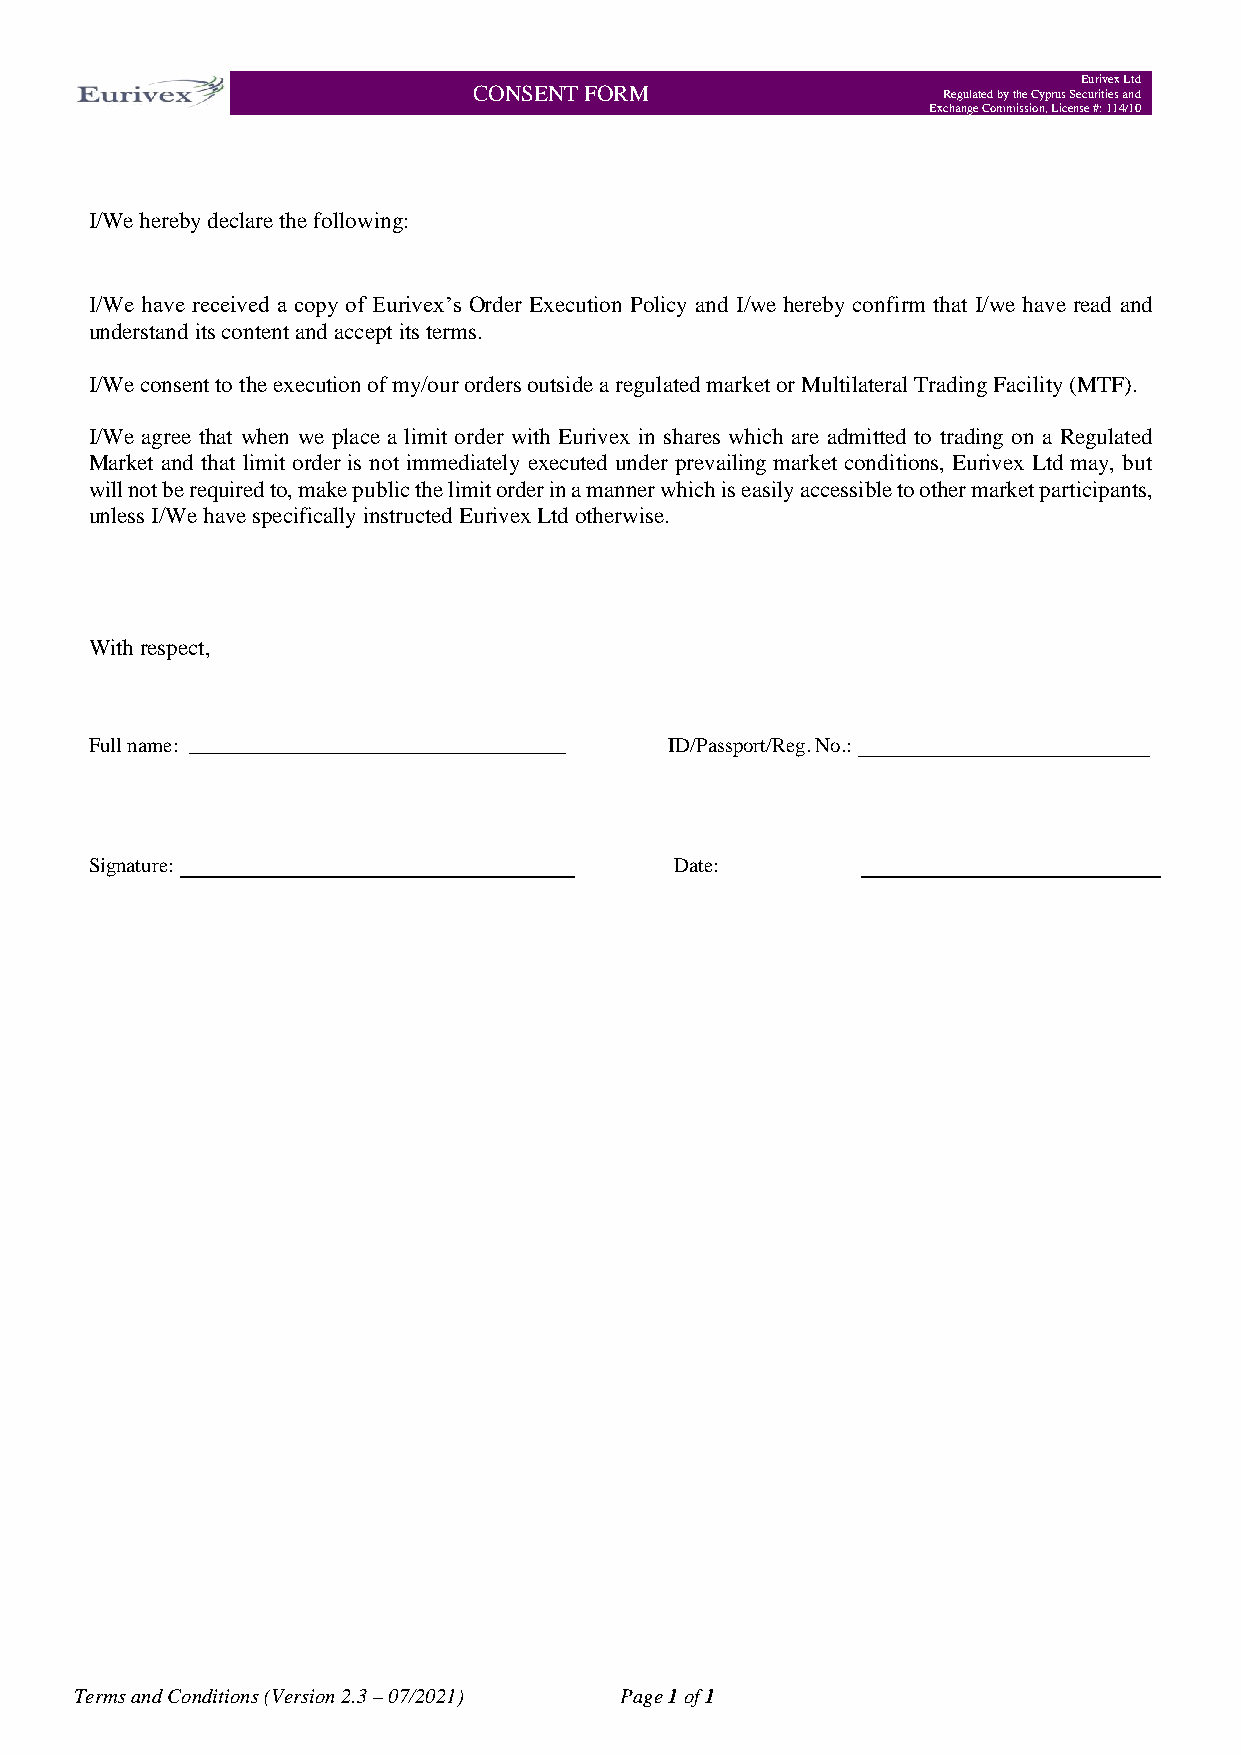
Eurivex Ltd
 CONSENT FORM                   Regulated by the Cyprus Securities and
 Exchange Commission, License #: 114/10
 I/We hereby declare the following:
 I/We have received a copy of Eurivex’s Order Execution Policy and I/we hereby confirm that I/we have read and
 understand its content and accept its terms.
 I/We consent to the execution of my/our orders outside a regulated market or Multilateral Trading Facility (MTF).
 I/We agree that when we place a limit order with Eurivex in shares which are admitted to trading on a Regulated
 Market and that limit order is not immediately executed under prevailing market conditions, Eurivex Ltd may, but
 will not be required to, make public the limit order in a manner which is easily accessible to other market participants,
 unless I/We have specifically instructed Eurivex Ltd otherwise.
 With respect,
 Full name:                            ID/Passport/Reg. No.:
 Signature:                             Date:
 Terms and Conditions (Version 2.3 – 07/2021) Page 1 of 1